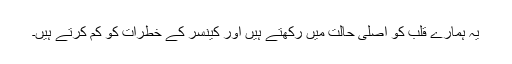
یہ ہمارے قلب کو اصلی حالت میں رکھتے ہیں اور کینسر کے خطرات کو کم کرتے ہیں۔